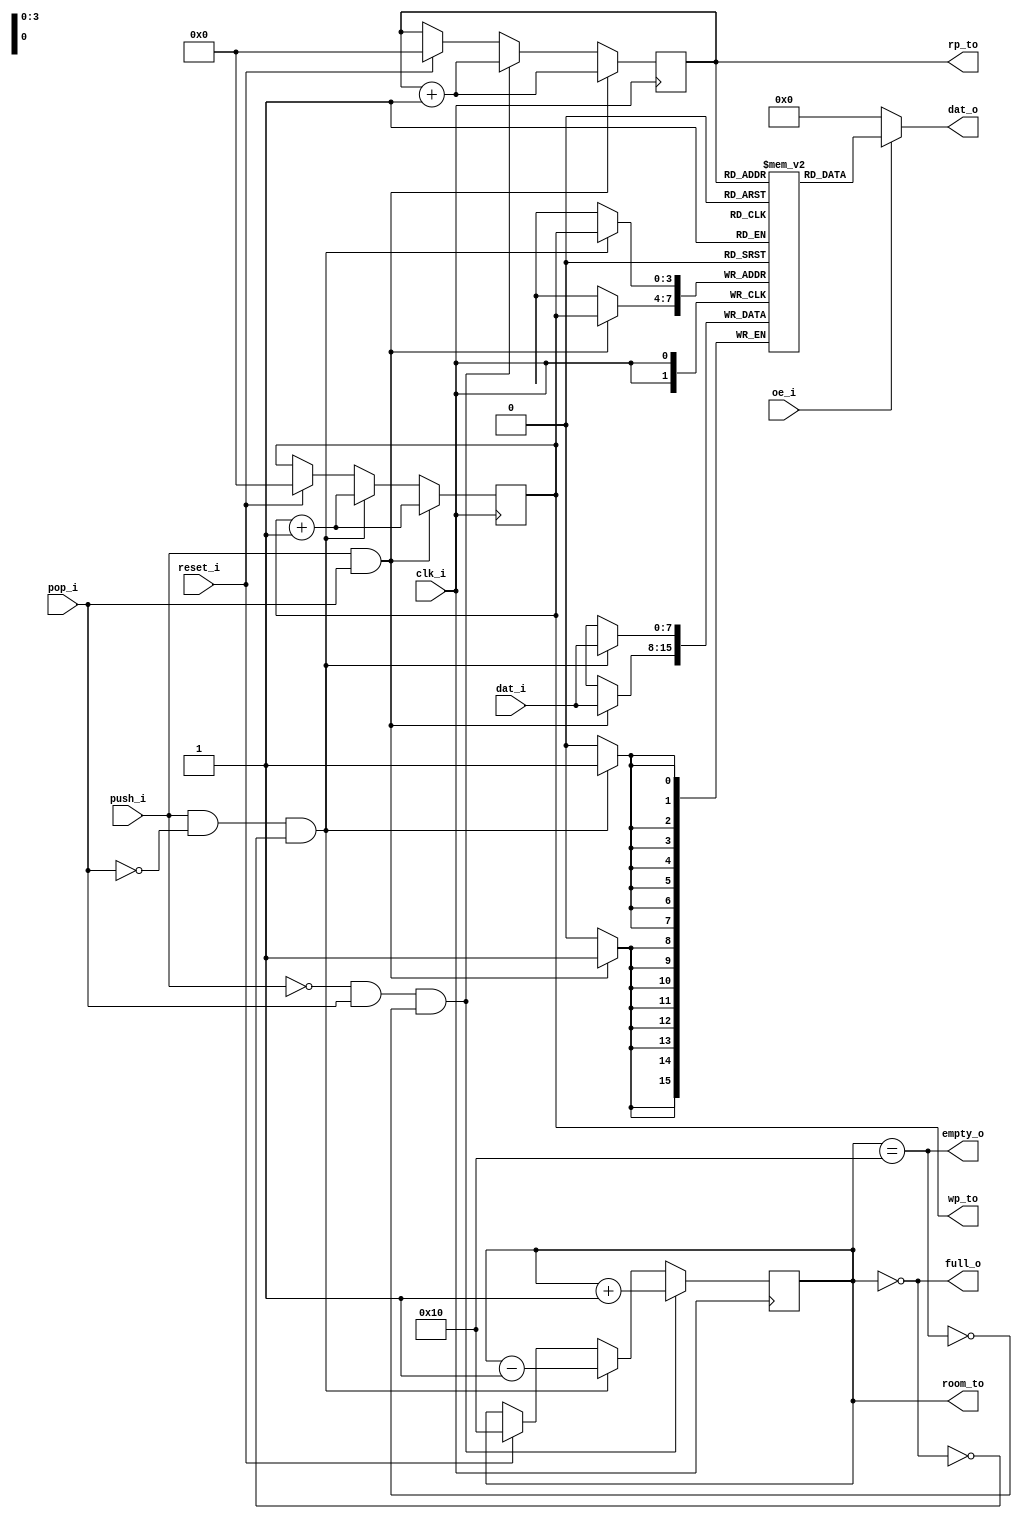
module queue(
	input			clk_i,
	input			reset_i,
	input	[DHB:0]		dat_i,
	input			push_i,
	input			pop_i,
	input			oe_i,
	output	[DHB:0]		dat_o,
	output			full_o,
	output			empty_o,

	// Test Bench Use Only

	output	[PHB:0]		rp_to,
	output	[PHB:0]		wp_to,
	output	[PHB+1:0]	room_to
);

	parameter DEPTH_BITS	= 4;
	parameter DATA_BITS	= 8;

	parameter DHB		= DATA_BITS - 1;
	parameter PHB		= DEPTH_BITS - 1;
	parameter CAPACITY	= 1 << DEPTH_BITS;

	reg	[PHB:0]		rp, wp;
	reg	[PHB+1:0]	room;
	reg	[DHB:0]		storage[0:CAPACITY-1];

	assign dat_o = (oe_i ? storage[rp] : 0);
	assign full_o = (room == 0);
	assign empty_o = (room == CAPACITY);

	assign rp_to = rp;
	assign wp_to = wp;
	assign room_to = room;

	always @(posedge clk_i) begin
		rp <= rp;
		wp <= wp;
		room <= room;

		if(reset_i) begin
			rp <= 0;
			wp <= 0;
			room <= CAPACITY;
		end

		if(push_i & ~pop_i & ~full_o) begin
			storage[wp] <= dat_i;
			wp <= wp + 1;
			room <= room - 1;
		end

		if(~push_i & pop_i & ~empty_o) begin
			rp <= rp + 1;
			room <= room + 1;
		end

		if(push_i & pop_i) begin
			storage[wp] <= dat_i;
			wp <= wp + 1;
			rp <= rp + 1;
		end
	end
endmodule